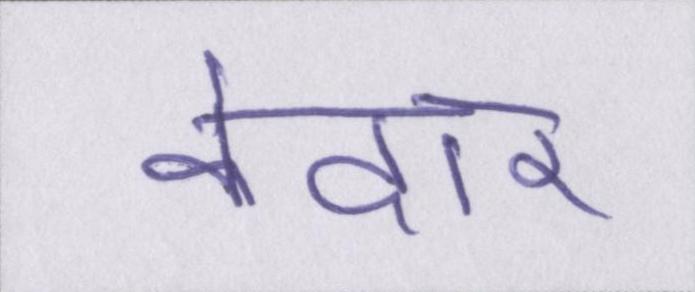
केदार